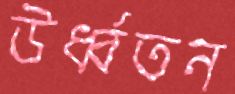
উর্ধ্বতন